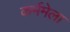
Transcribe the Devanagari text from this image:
कर्ममेला